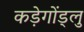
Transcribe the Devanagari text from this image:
कड़ेगोंड्लु